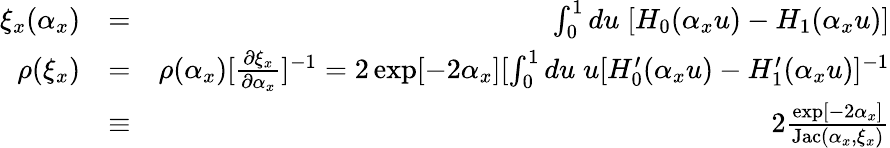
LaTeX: \begin{array}{rlr}{\xi_{x}(\alpha_{x})}&{=}&{\int_{0}^{1}du\; [H_{0}(\alpha_{x}u)-H_{1}(\alpha_{x}u)]}\\ {\rho(\xi_{x})}&{=}&{\rho(\alpha_{x})[\frac{\partial\xi_{x}}{\partial\alpha_{x}}]^{-1}=2\exp[-2\alpha_{x}][\int_{0}^{1}du\; u[H_{0}^{\prime}(\alpha_{x}u)-H_{1}^{\prime}(\alpha_{x}u)]^{-1}}\\ &{\equiv}&{2\frac{\exp[-2\alpha_{x}]}{\mathrm{Jac}(\alpha_{x},\xi_{x})}}\end{array}